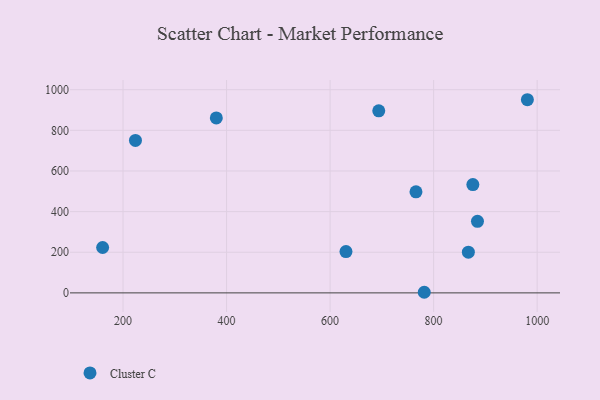
{"axis": {"x": "Study Hours", "y": "Salary"}, "legend": ["Cluster C"], "data": [{"x": "875.8", "y": 533.3, "type": "Cluster C"}, {"x": "630.7", "y": 203.4, "type": "Cluster C"}, {"x": "884.7", "y": 352.0, "type": "Cluster C"}, {"x": "224.0", "y": 750.6, "type": "Cluster C"}, {"x": "380.2", "y": 861.1, "type": "Cluster C"}, {"x": "781.9", "y": 3.0, "type": "Cluster C"}, {"x": "867.1", "y": 200.5, "type": "Cluster C"}, {"x": "160.6", "y": 223.4, "type": "Cluster C"}, {"x": "765.9", "y": 497.3, "type": "Cluster C"}, {"x": "694.0", "y": 896.2, "type": "Cluster C"}, {"x": "981.1", "y": 950.7, "type": "Cluster C"}]}